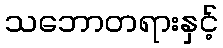
သဘောတရားနှင့်